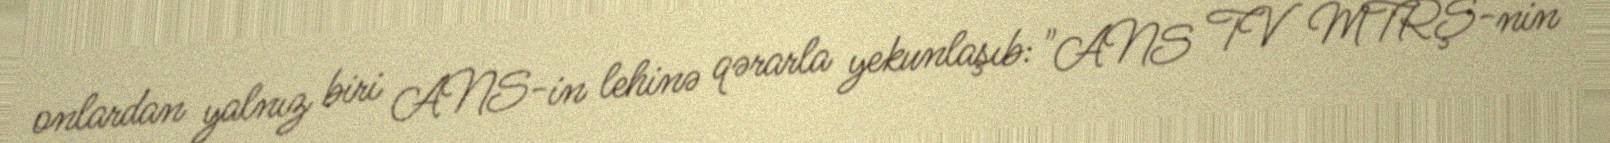
onlardan yalnız biri ANS-in lehinə qərarla yekunlaşıb: "ANS TV MTRŞ-nin